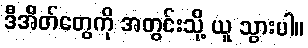
ဒီအိတ်တွေကို အတွင်းသို့ ယူ သွားပါ။